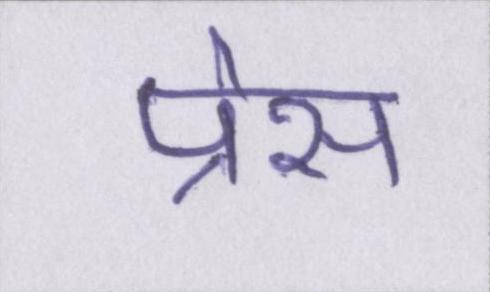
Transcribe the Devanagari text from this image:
प्रेस